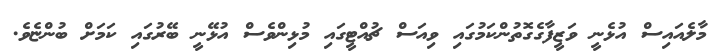
މާލެއައިސް އުޅެނީ ވަޒީފާގެގޮތުންކަމުގައި ވިއަސް ޗުއްޓީގައި މުޅިންވެސް އުޅޭނީ ބޭރުގައި ކަމަށް ބުންޏެވެ.